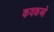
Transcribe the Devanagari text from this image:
कवकओं